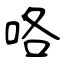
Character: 咯